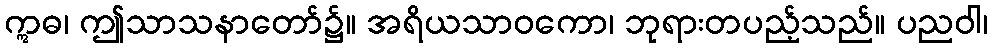
ဣဓ၊ ဤသာသနာတော်၌။ အရိယသာဝကော၊ ဘုရားတပည့်သည်။ ပညဝါ၊